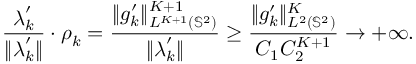
\frac { \boldsymbol { \lambda } _ { k } ^ { \prime } } { \| \boldsymbol { \lambda } _ { k } ^ { \prime } \| } \cdot \boldsymbol { \rho } _ { k } = \frac { \| g _ { k } ^ { \prime } \| _ { L ^ { K + 1 } ( \mathbb { S } ^ { 2 } ) } ^ { K + 1 } } { \| \boldsymbol { \lambda } _ { k } ^ { \prime } \| } \geq \frac { \| g _ { k } ^ { \prime } \| _ { L ^ { 2 } ( \mathbb { S } ^ { 2 } ) } ^ { K } } { C _ { 1 } C _ { 2 } ^ { K + 1 } } \rightarrow + \infty .